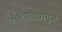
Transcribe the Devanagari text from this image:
शिलालेखामुळे